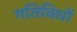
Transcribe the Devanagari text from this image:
गतिविधों